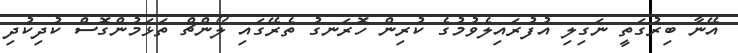
އޭނާ ބިރުގަތީ ނަގިލި އުފުރައިލެވުމުގެ ކުރިން ހޮރަނގު ތެރޭގައި ލޯންޗް ތަޅަމުންގޮސް ކުދިކުދި